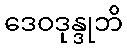
ဒေဝဒုန္ဒုဘိ